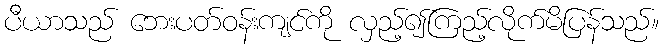
ပီယာသည် ဘေးပတ်ဝန်းကျင်ကို လှည့်၍ကြည့်လိုက်မိပြန်သည်။